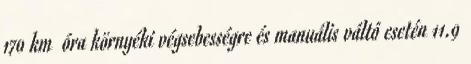
170 km óra környéki végsebességre és manuális váltó esetén 11.9